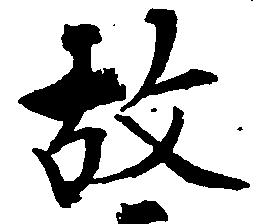
故